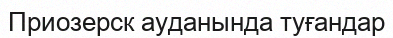
Приозерск ауданында туғандар